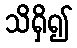
သိရှိ၍